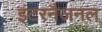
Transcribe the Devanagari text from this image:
इंटरनैजनल